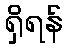
ရှိရန်